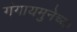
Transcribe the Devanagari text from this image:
गंगायमुनेच्या